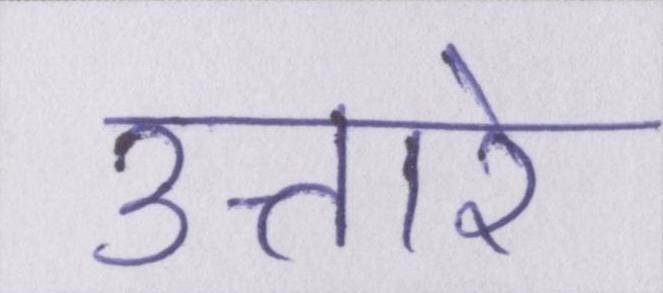
उतारे